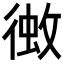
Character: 𢔼